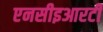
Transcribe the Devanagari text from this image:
एनसीइआरटी